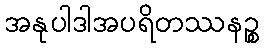
အနုပါဒါအပရိတဿနဉ္စ